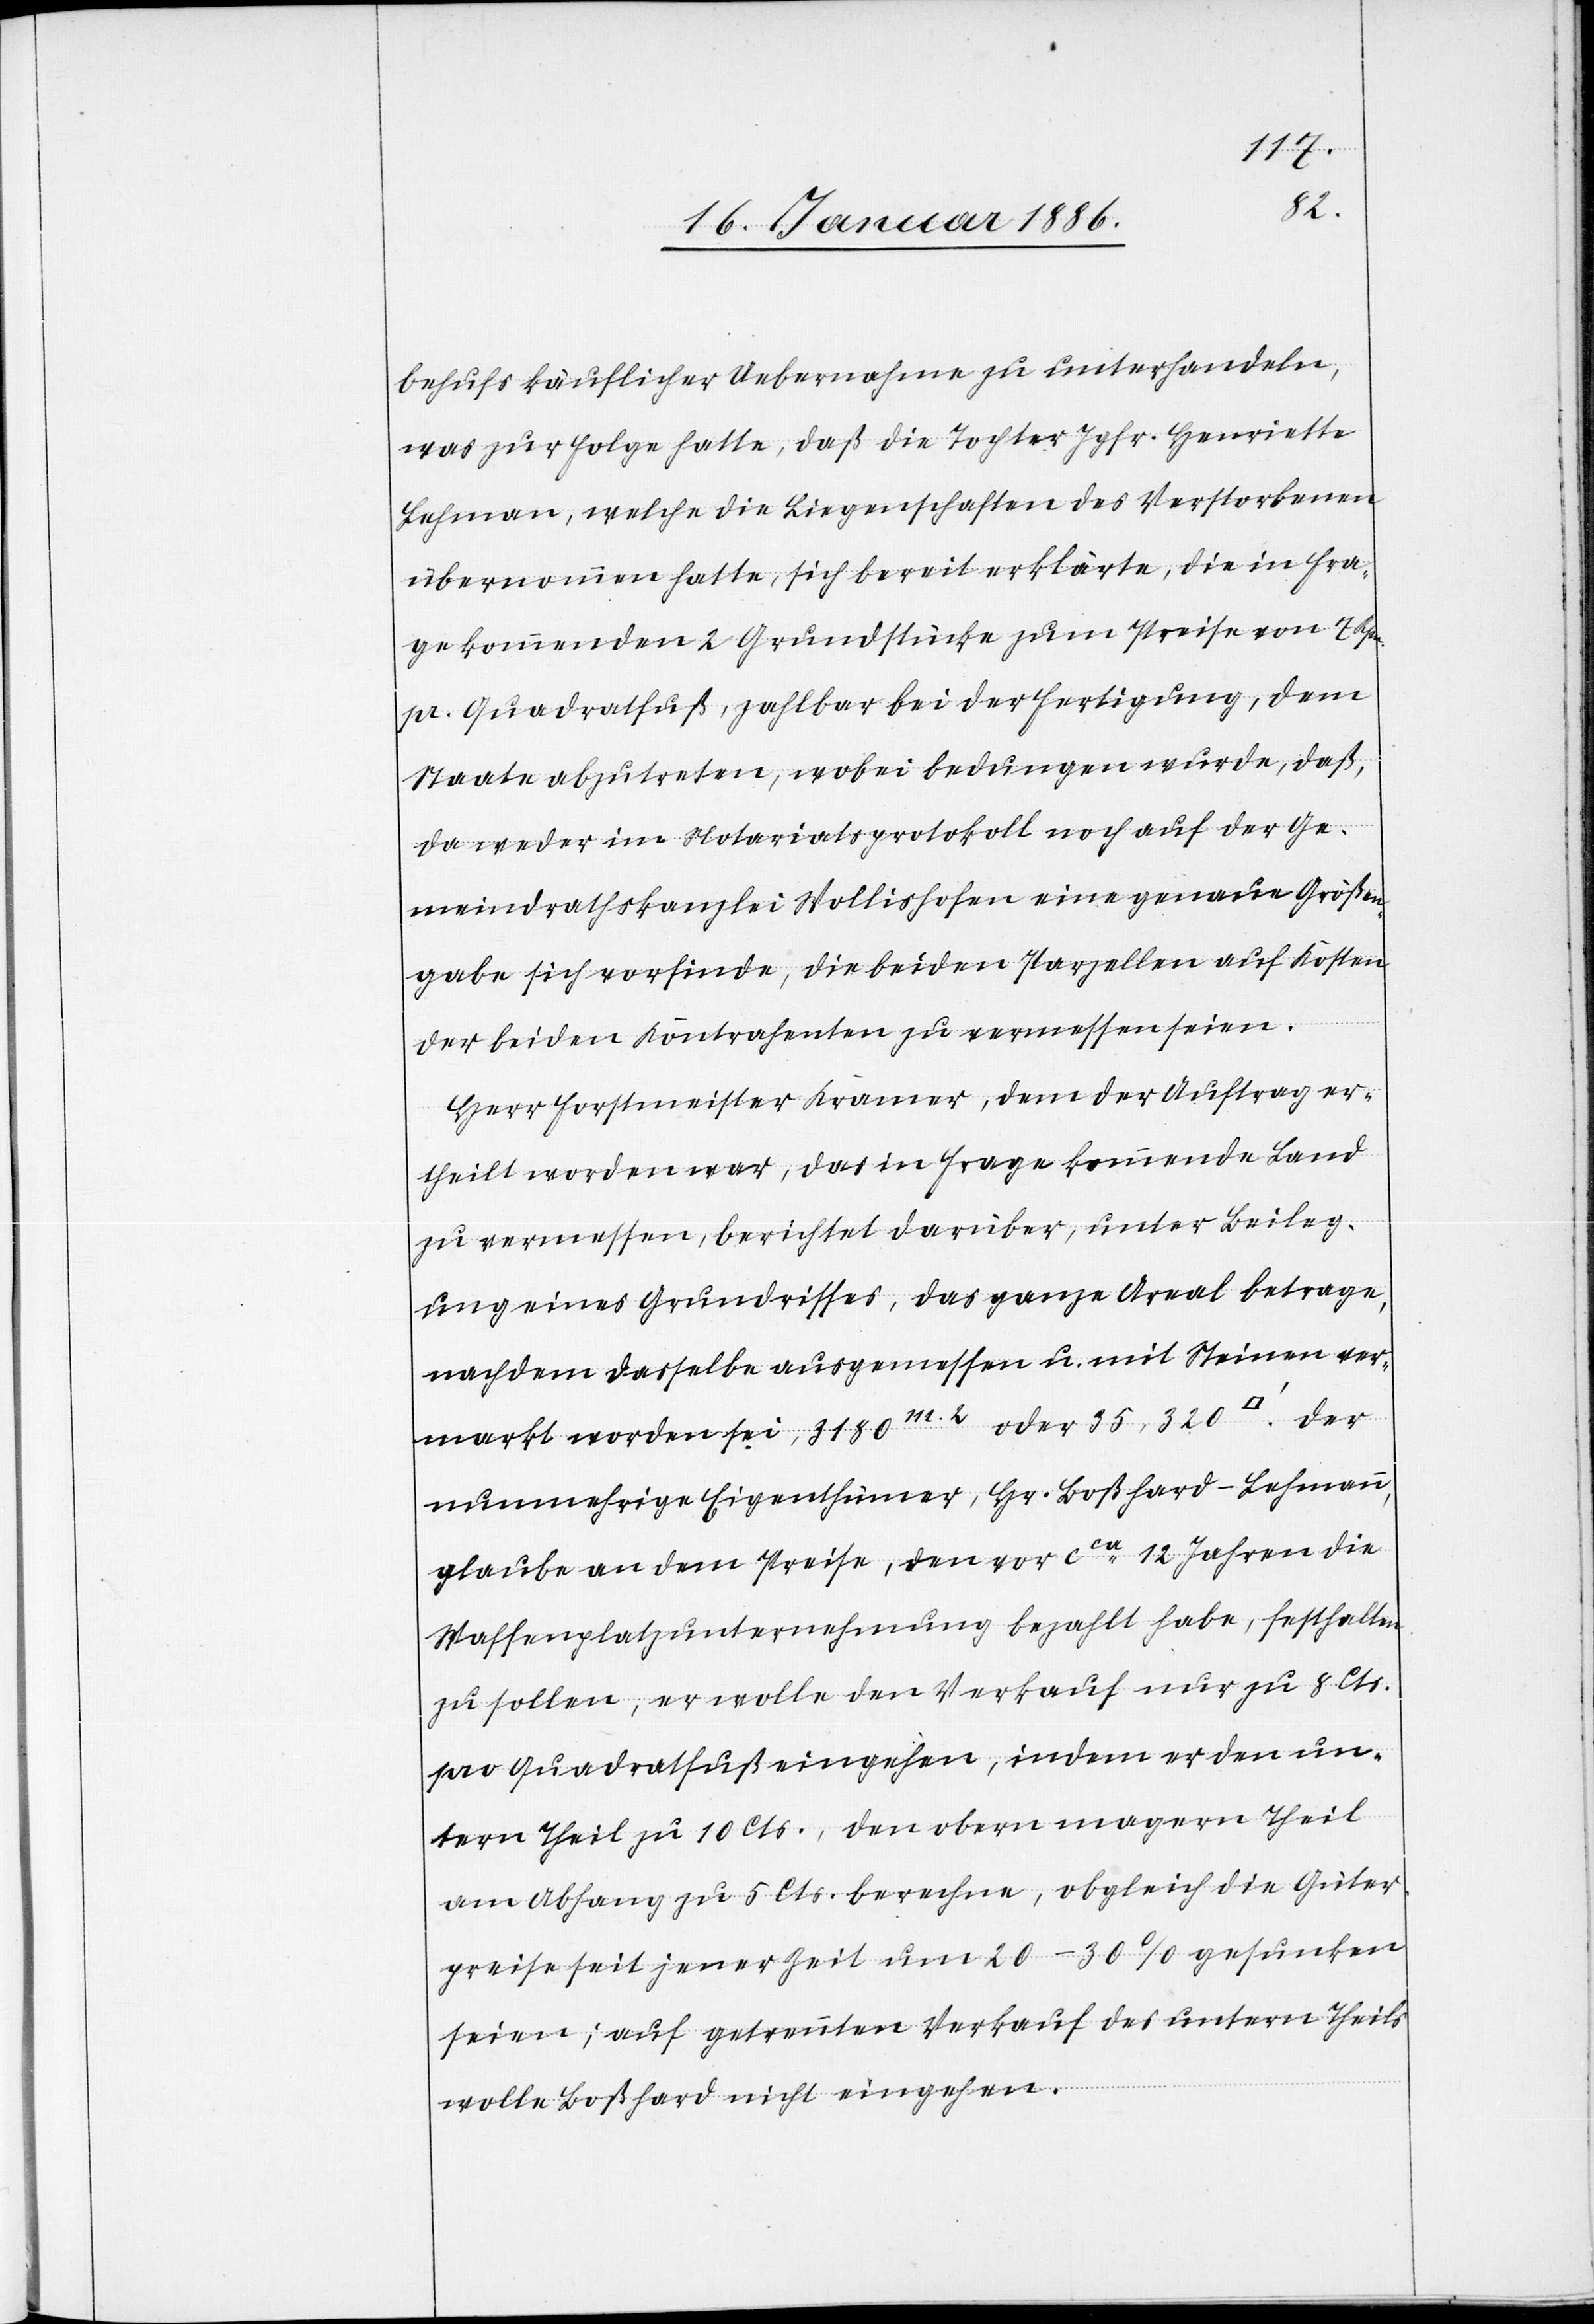
behufs käuflicher Uebernahme zu unterhandeln,
was zur Folge hatte, daß die Tochter Jgft. Henriette
Lehmann, welche die Liegenschaft des Verstorbenen
übernommen hatte, sich bereit erklärte, die in Fra¬
ge kommenden 2 Grundstücke zum Preise von 7
pr. Quadratfuß, zahlbar bei der Fertigung, dem
Staate abzutreten, wobei bedungen wurde, daß,
da weder im Notariatsprotokoll noch auf der Ge¬
meindrathskanzlei Wollishofen eine genaue Größenan¬
gabe sich vorfinde, die beiden Parzellen auf Kosten
der beiden Kontrahenten zu vermessen seien.
Herr Fortmeister Kramer, dem der Auftrag er¬
theilt worden war, das in Frage kommende Land
zu vermessen, berichtet darüber, unter Beileg¬
ung eines Grundrisses, das ganze Areal betrage,
nachdem dasselbe ausgemessen u. mit Steinen ver¬
markt worden sei, 3180 m2 oder 35,320
nunmehrige Eigenthümer, Hr. Boßhard-Lehmann,
glaube an dem Preise, den vor cca 12 Jahren die
Waffenplatzunternehmung bezahlt habe, festhalten
zu sollen, er wolle den Verkauf nur zu 8 Cts.
pro Quadratfuß eingehen, indem er den un¬
tern Theil zu 10 Cts., den obern magern Theil
am Abhang zu 5 Cts. berechne, obgleich die Güter¬
preise seit jener Zeit um 20–30% gesunken
seien; auf getrennten Verkauf des untern Theils
wolle Boßhard nicht eingehen.